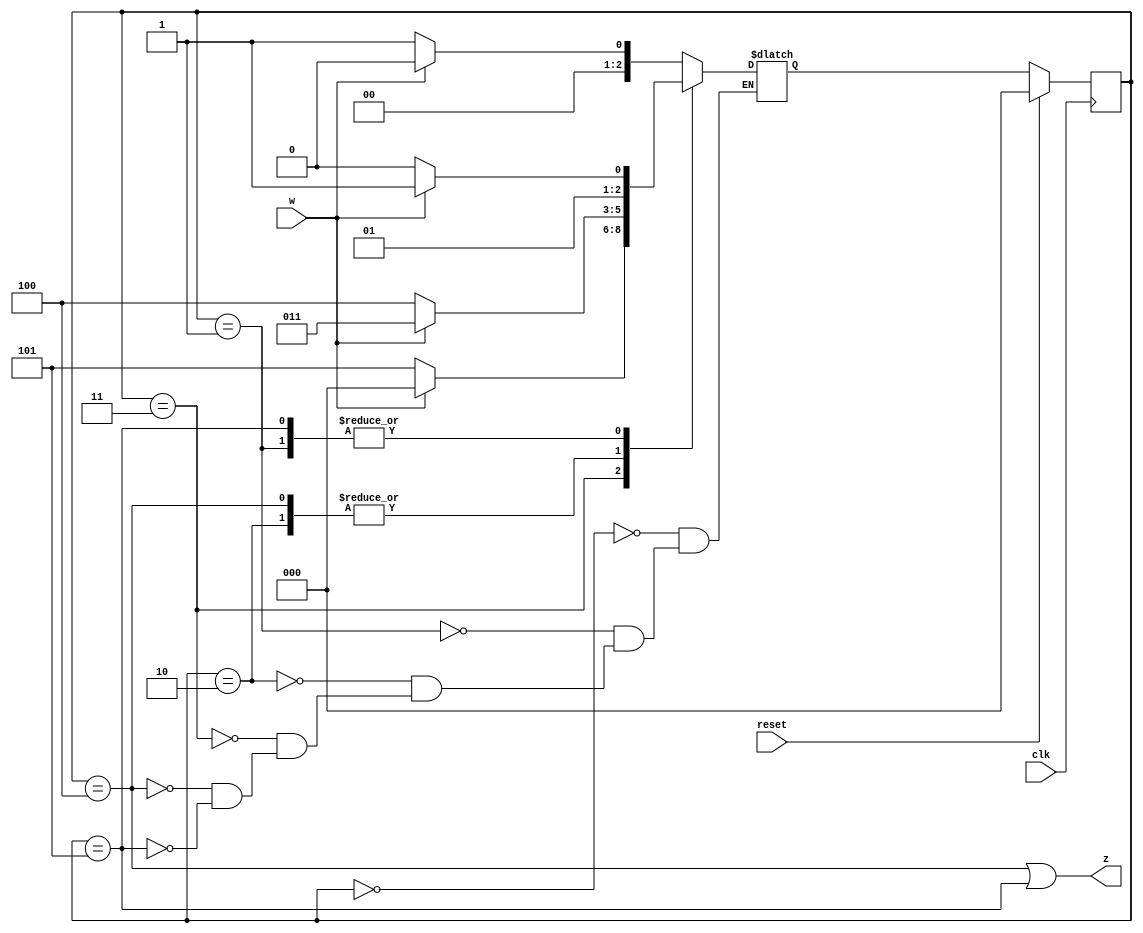
module top_module (
    input clk,
    input reset,     // synchronous reset
    input w,
    output z);

    parameter A=3'b000, B=3'b001, C=3'b010, D=3'b011, E=3'b100, F=3'b101;
    wire[2:0] state, next;
    
    // state transition logic
    always@(*)begin
        case(state)
            A: next = w? A:B;
            B: next = w? D:C;
            C: next = w? D:E;
            D: next = w? A:F;
            E: next = w? D:E;
            F: next = w? D:C;
        endcase
    end
    
    // flip-flop and reset
    always@(posedge clk)begin
        if(reset)
            state <= A;
        else
            state <= next;
    end
    
    // output
    assign z = (state == E || state == F);
    
endmodule